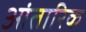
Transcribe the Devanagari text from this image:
आंतारिक